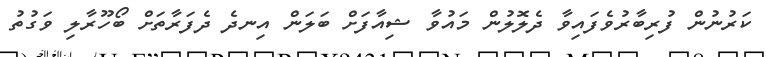
ކަރުނުން ފުރިބާރުވެފައިވާ ދެލޮލުން މައުވާ ޝިއާފަށް ބަލަން އިނދެ ދެފަރާތަށް ބޯހޫރާލި ވަގުތު